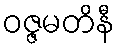
ဝဇ္ဇမတိနီ